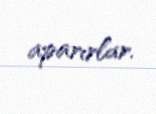
aparırlar.